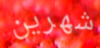
شهرين